Tezpur Lunatic Asylum reports 1895-1904 - 1895-1904
Year: 1895
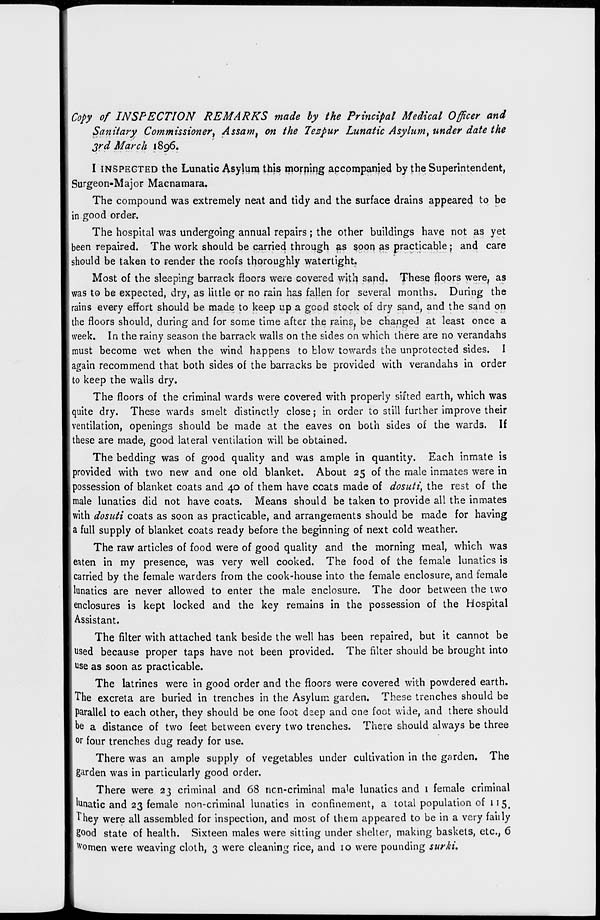
Copy of INSPECTION REMARKS made by the Principal Medical Officer and
Sanitary Commissioner, Assam, on the lezpur Lunatic Asylum, under date the
3rd March 1896.
I INSPEGTED the Lunatic Asylum this morping apcompanjed by the Superintendent,
Surgeon-Major Macnamara.
The compound was extremely neat and tidy and the surface drains appeared to be
in good order.
The hospital was undergoing annual repairs; the other buildings have not as yet
been repaired. The work should be carried through as soon as practicable ; and care
should be taken to render the roofs thoroughly watertight.
Most of the sleeping barrack floors were covered with sand. These floors were, as
was to be expected, dry, as little or no rain has fallen for several months. During the
rains every effort should be made to keep up a good stock of dry sand, and the sand on
the floors should, during and for some time after the rains, be changed at least once a
week. In the rainy season the barrack walls on the sides on which there are no verandahs
must become wet when the wind happens to blow towards the unprotected sides. I
again recommend that both sides of the barracks be provided with verandahs in order
to keep the walls dry.
The floors of the criminal wards were covered with properly sifted earth, which was
iquite dry. These wards smelt distinctly close; in order to still further improve their
ventilation, openings should be made at the eaves on both sides of the wards. If
these are made, good lateral ventilation will be obtained.
The bedding was of good quality and was ample in quantity. Each inmate is
provided with two new and one old blanket. About 25 of the male inmates were in
possession of blanket coats and 40 of them have ccats made of dosuti, the rest of the
male lunatics did not have coats. Means should be taken to provide all the inmates
[with dosuti coats as soon as practicable, and arrangements should be made for having
a full supply of blanket coats ready before the beginning of next cold weather.
The raw articles of food were of good quality and the morning meal, which was
eaten in my presence, was very well cooked. The food of the female lunatics is
carried by the female warders from the cook-house into the female enclosure, and female
lunatics are never allowed to enter the male enclosure. The door between the two
enclosures is kept locked and the key remains in the possession of the Hospital
Assistant.
The filter with attached tank beside the well has been repaired, but it cannot be
used because proper taps have not been provided. The filter should be brought into
use as soon as practicable.
The latrines were in good order and the floors were covered with powdered earth.
The excreta are buried in trenches in the Asylum garden. These trenches should be
parallel to each other, they should be one foot dsep and one foot wide, and there should
be a distance of two feet between every two trenches. There should always be three
°r four trenches dug ready for use.
There was an ample supply of vegetables under cultivation in the gnrden. The
garden was in particularly good order.
There were 23 criminal and 68 ncn-criminal male lunatics and 1 female criminal
'Unatic and 23 female non-criminal lunatics in confinement, a total population of 115
They were all assembled for inspection, and most of them appeared to be in a very failly
good state of health. Sixteen males were sitting under shelter, making baskets, etc., 6
Women were weaving cloth, 3 were cleaning rice, and 10 were pounding surki.